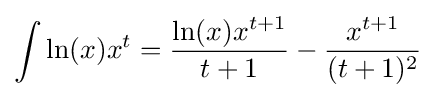
\int \ln(x)x^{t}={\frac {\ln(x)x^{t+1}}{t+1}}-{\frac {x^{t+1}}{(t+1)^{2}}}